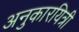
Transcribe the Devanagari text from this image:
अनुकारयित्री